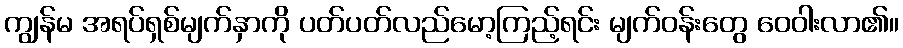
ကျွန်မ အရပ်ရှစ်မျက်နှာကို ပတ်ပတ်လည်မော့ကြည့်ရင်း မျက်ဝန်းတွေ ဝေဝါးလာ၏။